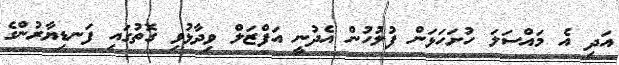
އަދި އެ މައްސަލަ ހުށަހަޅަން ފުލުހުން އެދުނީ އަފްޒަލް ވިދާޅުވި ގޮތުގައި ފަނޑިޔާރުންގެ